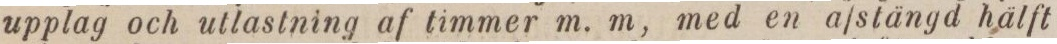
upplag och ullastning af timmer m. m, med en afstängd hälft